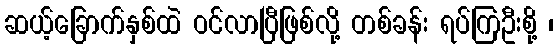
ဆယ့်ခြောက်နှစ်ထဲ ဝင်လာပြီဖြစ်လို့ တစ်ခန်း ရပ်ကြဦးစို့ ၊